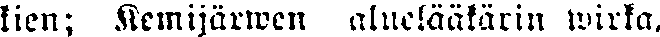
kien; Kemijärwen aluelääkärin wirka.